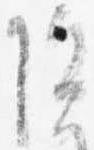
院